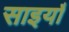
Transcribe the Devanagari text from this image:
साइयाँ